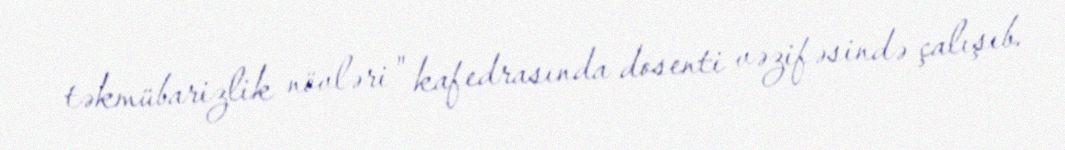
təkmübarizlik növləri" kafedrasında dosenti vəzifəsində çalışıb.